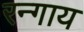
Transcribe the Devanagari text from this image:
रन्गाय